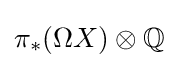
\pi _{*}(\Omega X)\otimes \mathbb {Q}